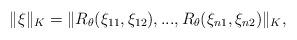
LaTeX: \begin{align*} \|\xi\|_K = \|R_\theta(\xi_{11},\xi_{12}),...,R_\theta(\xi_{n1},\xi_{n2})\|_K, \end{align*}